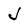
Character: J